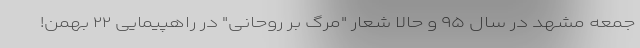
جمعه مشهد در سال ۹۵ و حالا شعار "مرگ بر روحانی" در راهپیمایی ۲۲ بهمن!